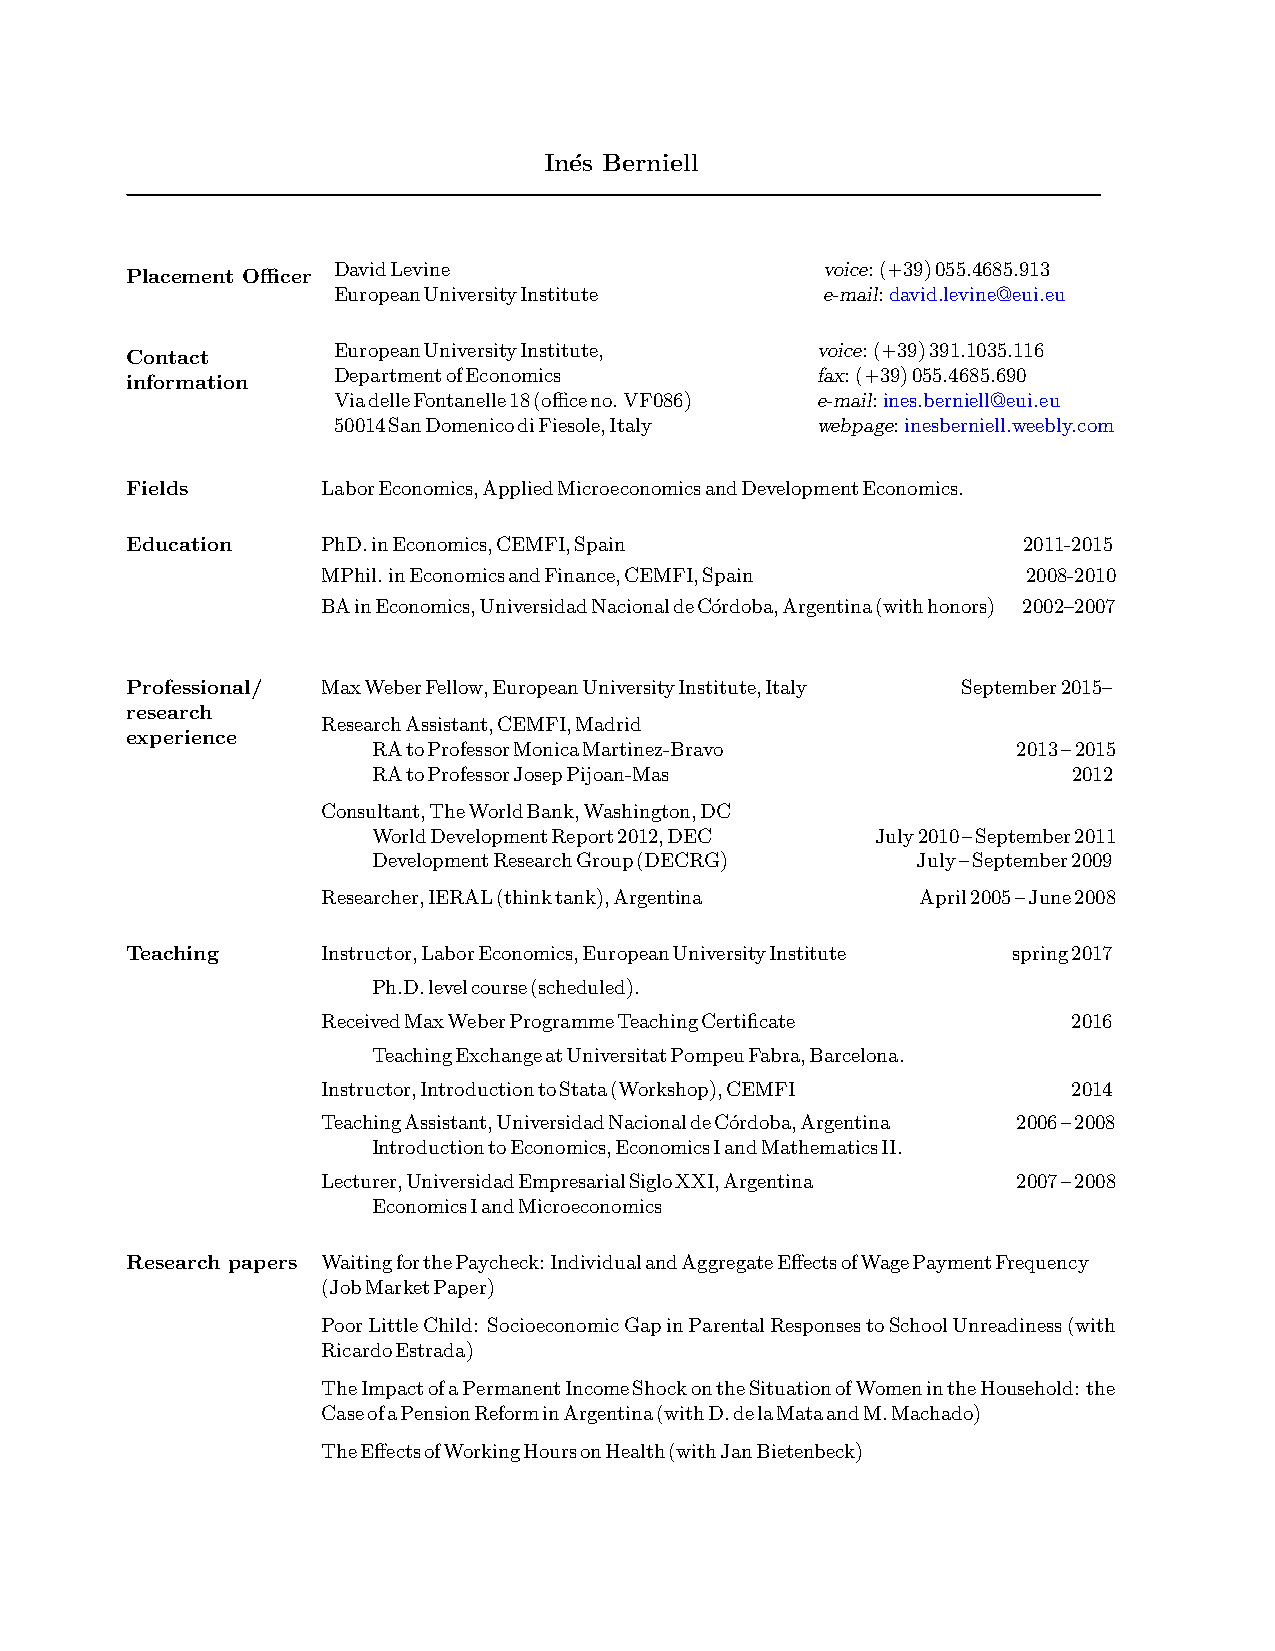
In´es Berniell
 DavidLevine                     voice:(+39)055.4685.913
 Placement Officer
 EuropeanUniversityInstitute     e-mail:david.levine@eui.eu
 EuropeanUniversityInstitute,    voice:(+39)391.1035.116
 Contact
 DepartmentofEconomics           fax:(+39)055.4685.690
 information
 ViadelleFontanelle18(officeno.VF086) e-mail:ines.berniell@eui.eu
 50014SanDomenicodiFiesole,Italy webpage:inesberniell.weebly.com
 Fields       LaborEconomics,AppliedMicroeconomicsandDevelopmentEconomics.
 Education    PhD.inEconomics,CEMFI,Spain                    2011-2015
 MPhil.inEconomicsandFinance,CEMFI,Spain        2008-2010
 BAinEconomics,UniversidadNacionaldeC´ordoba,Argentina(withhonors) 2002–2007
 Professional/ MaxWeberFellow,EuropeanUniversityInstitute,Italy September2015–
 research
 ResearchAssistant,CEMFI,Madrid
 experience
 .   RAtoProfessorMonicaMartinez-Bravo         2013–2015
 .   RAtoProfessorJosepPijoan-Mas                  2012
 Consultant,TheWorldBank,Washington,DC
 .   WorldDevelopmentReport2012,DEC   July2010–September2011
 .   DevelopmentResearchGroup(DECRG)     July–September2009
 Researcher,IERAL(thinktank),Argentina   April2005–June2008
 Teaching     Instructor,LaborEconomics,EuropeanUniversityInstitute spring2017
 .   Ph.D.levelcourse(scheduled).
 ReceivedMaxWeberProgrammeTeachingCertificate      2016
 .   TeachingExchangeatUniversitatPompeuFabra,Barcelona.
 Instructor,IntroductiontoStata(Workshop),CEMFI    2014
 TeachingAssistant,UniversidadNacionaldeC´ordoba,Argentina 2006–2008
 .   IntroductiontoEconomics,EconomicsIandMathematicsII.
 Lecturer,UniversidadEmpresarialSigloXXI,Argentina 2007–2008
 .   EconomicsIandMicroeconomics
 Research papers WaitingforthePaycheck:IndividualandAggregateEffectsofWagePaymentFrequency
 (JobMarketPaper)
 PoorLittleChild: SocioeconomicGapinParentalResponsestoSchoolUnreadiness(with
 RicardoEstrada)
 TheImpactofaPermanentIncomeShockontheSituationofWomenintheHousehold: the
 CaseofaPensionReforminArgentina(withD.delaMataandM.Machado)
 TheEffectsofWorkingHoursonHealth(withJanBietenbeck)